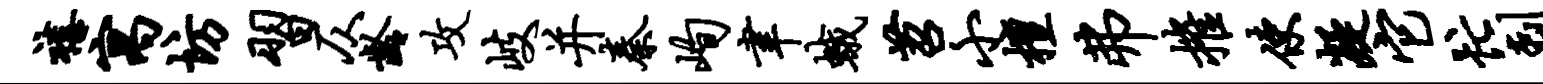
禧寓坊习仄龄攻岐并秦峋聿蛾苕小檀弗摧使凝它忙剌